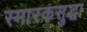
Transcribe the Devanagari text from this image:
स्मारकसुद्धा